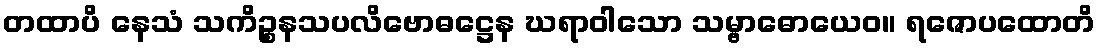
တထာပိ နေသံ သကိဉ္စနသပလိဗောဓဋ္ဌေန ဃရာဝါသော သမ္ဗာဓောယေဝ။ ရဇောပထောတိ